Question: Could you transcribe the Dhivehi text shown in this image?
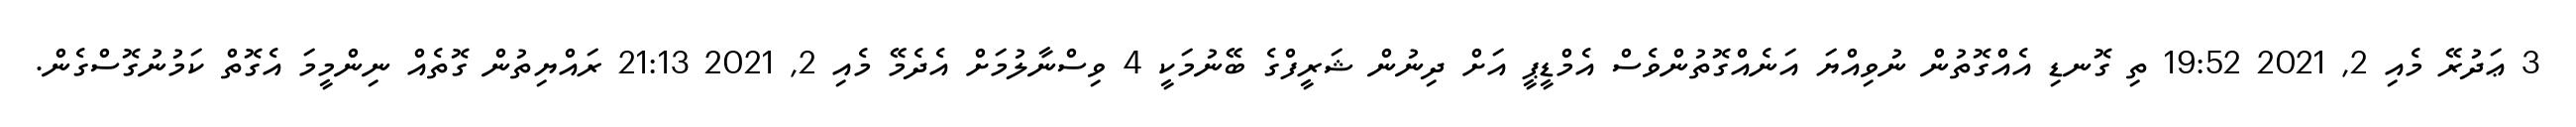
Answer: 3 ޢަދުރޭ މެއި 2, 2021 19:52 ތި ގޮނޑި އެއްގޮތުން ނުވިއްޔަ އަނެއްގޮތުންވެސް އެމްޑީޕީ އަށް ދިނުން ޝަރީފްގެ ބޭނުމަކީ 4 ވިސްނާލުމަށް އެދެމޭ މެއި 2, 2021 21:13 ރައްޔިތުން ގޮތެއް ނިންމީމަ އެގޮތް ކަމުނުގޮސްގެން.